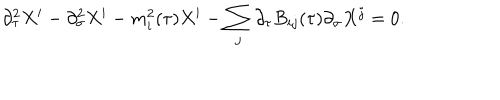
LaTeX: \partial _ { \tau } ^ { 2 } X ^ { i } - \partial _ { \sigma } ^ { 2 } X ^ { i } - m _ { i } ^ { 2 } ( \tau ) X ^ { i } - \sum _ { j } \partial _ { \tau } B _ { i j } ( \tau ) \partial _ { \sigma } X ^ { j } = 0 .